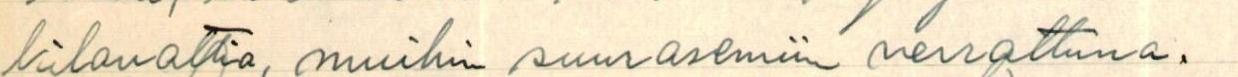
kilowattia, muihin suurasemiin verrattuna.